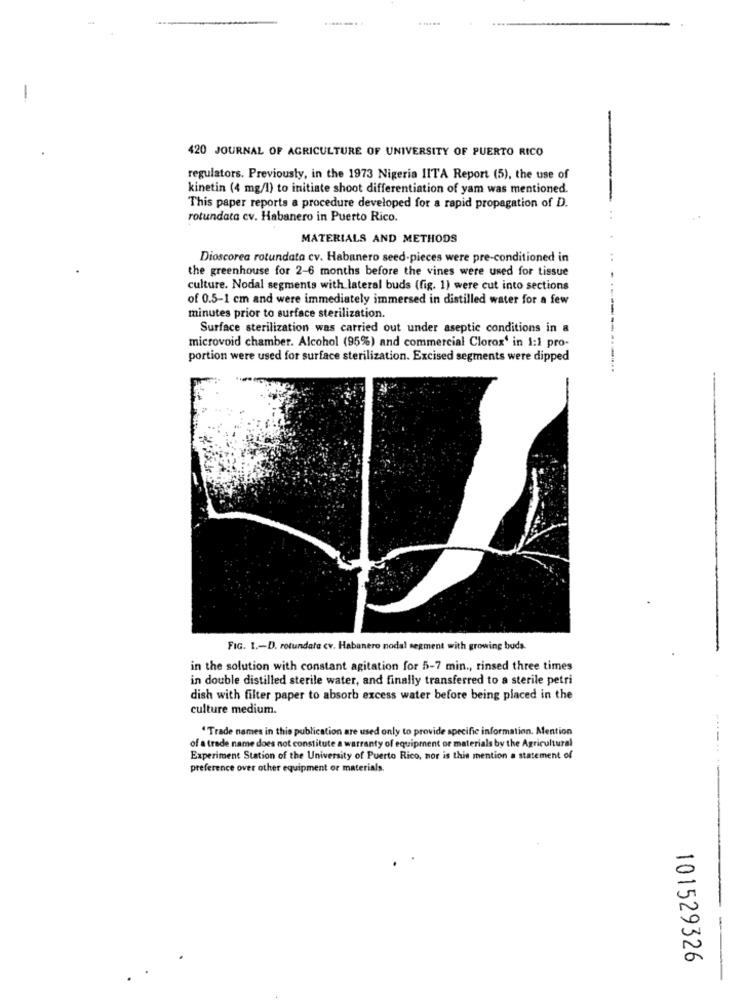
.........
420 JOURNAL OF AGRICULTURE OF UNIVERSITY OF PUERTO RICO
regulators. Previously, in the 1973 Nigeria IITA Report (5), the use of
kinetin (4 mg/l) to initiate shoot differentiation of yam was mentioned.
This paper reports a procedure developed for a rapid propagation of D.
rotundata cv. Habanero in Puerto Rico.
MATERIALS AND METHODS
Dioscorea rotundata cv. Habanero seed-pieces were pre-conditioned in
..
the greenhouse for 2-6 months before the vines were used for tissue
culture. Nodal segments with lateral buds (fig. 1) were cut into sections
of 0.5-1 cm and were immediately immersed in distilled water for a few
minutes prior to surface sterilization.
Surface sterilization was carried out under aseptic conditions in a
microvoid chamber. Alcohol (95%) and commercial Clorox' in 1:1 pro-
portion were used for surface sterilization. Excised segments were dipped
FIG. 1 .- D. rotundala cv. Habanero nodal segment with growing buds
in the solution with constant agitation for 5-7 min ., rinsed three times
in double distilled sterile water, and finally transferred to a sterile petri
dish with filter paper to absorb excess water before being placed in the
culture medium.
"Trade names in this publication are used only to provide specific information. Mention
of a trade name does not constitute a warranty of equipment or materials by the Agricultural
Experiment Station of the University of Puerto Rico, nor is this mention a statement of
preference over other equipment or materials.
101529326